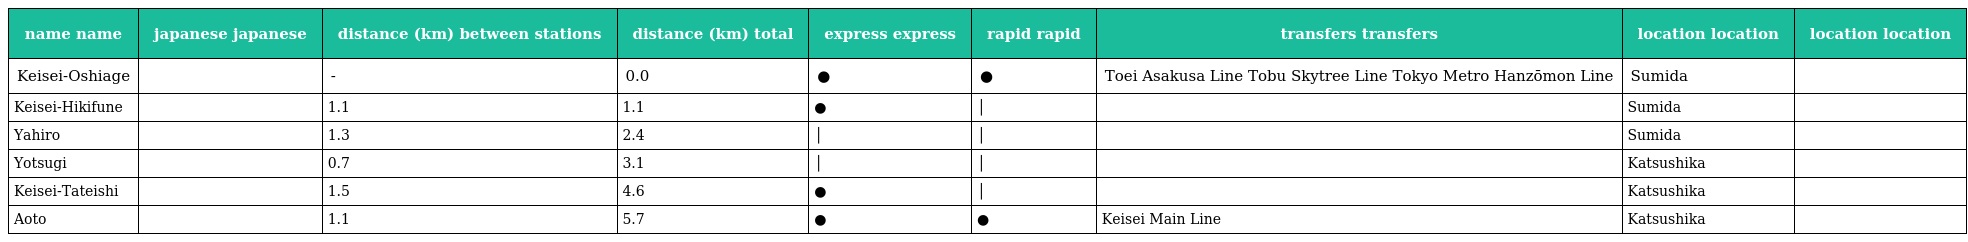
| name name | japanese japanese | distance (km) between stations | distance (km) total | express express | rapid rapid | transfers transfers | location location | location location |
 | --- | --- | --- | --- | --- | --- | --- | --- | --- |
 | Keisei-Oshiage | 京成押上 | - | 0.0 | ● | ● | Toei Asakusa Line Tobu Skytree Line Tokyo Metro Hanzōmon Line | Sumida |  |
 | Keisei-Hikifune | 京成曳舟 | 1.1 | 1.1 | ● | │ |  | Sumida |  |
 | Yahiro | 八広 | 1.3 | 2.4 | │ | │ |  | Sumida |  |
 | Yotsugi | 四ッ木 | 0.7 | 3.1 | │ | │ |  | Katsushika |  |
 | Keisei-Tateishi | 京成立石 | 1.5 | 4.6 | ● | │ |  | Katsushika |  |
 | Aoto | 青砥 | 1.1 | 5.7 | ● | ● | Keisei Main Line | Katsushika |  |